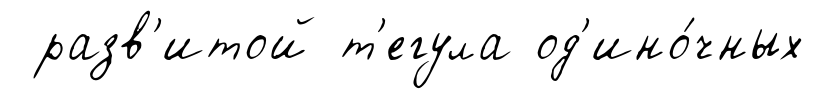
разв'итой т'егула од'ино́чных